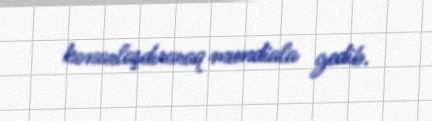
kənarlaşdıraraq mundiala gedib.